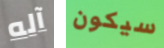
آله سيكون